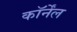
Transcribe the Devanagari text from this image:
कॉर्नेंल